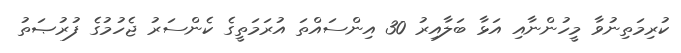
ކުރިމަތިނުވާ މީހުންނާއި އަޅާ ބަލާއިރު 30 އިންސައްތަ އުރަމަތީގެ ކެންސަރު ޖެހުމުގެ ފުރުޞަތު